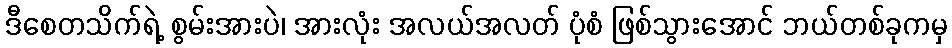
ဒီစေတသိက်ရဲ့ စွမ်းအားပဲ၊ အားလုံး အလယ်အလတ် ပုံစံ ဖြစ်သွားအောင် ဘယ်တစ်ခုကမှ